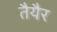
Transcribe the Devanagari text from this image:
तैयैर